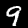
Label: 9